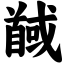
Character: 馘